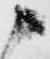
候